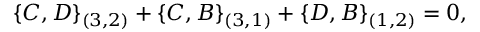
\{ C , D \} _ { ( 3 , 2 ) } + \{ C , B \} _ { ( 3 , 1 ) } + \{ D , B \} _ { ( 1 , 2 ) } = 0 ,